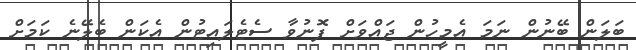
ބަލަން ބޭނުން ނަމަ އެމީހުން ޖައްވަށް ފޮނުވާ ސެޓެލައިޓުން އެކަން ބެލޭނެ ކަމަށް